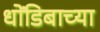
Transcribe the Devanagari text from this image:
धोंडिबाच्या